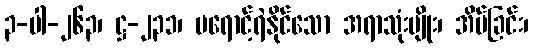
၃-ပါ-၂၆၃၊ ဋ္ဌ-၂၃၁၊ မရောင့်ရဲနိုင်သော အရာသုံးမျိုး၊ အိပ်ခြင်း၊